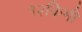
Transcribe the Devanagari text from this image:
१२किमी